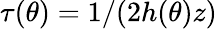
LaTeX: \tau(\theta)=1/(2h(\theta)z)